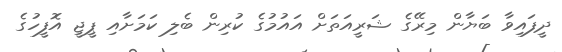
ދީފައިވާ ބަޔާން މިރޭގެ ޝަރީއަތަށް އައުމުގެ ކުރިން ބެލި ކަމަށާއި ޕީޖީ އޮފީހުގެ